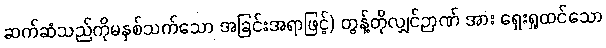
ဆက်ဆံသည်ကိုမနှစ်သက်သော အခြင်းအရာဖြင့်) တွန့်တိုလျှင်ဉာဏ် အား ရှေးရှုထင်သော